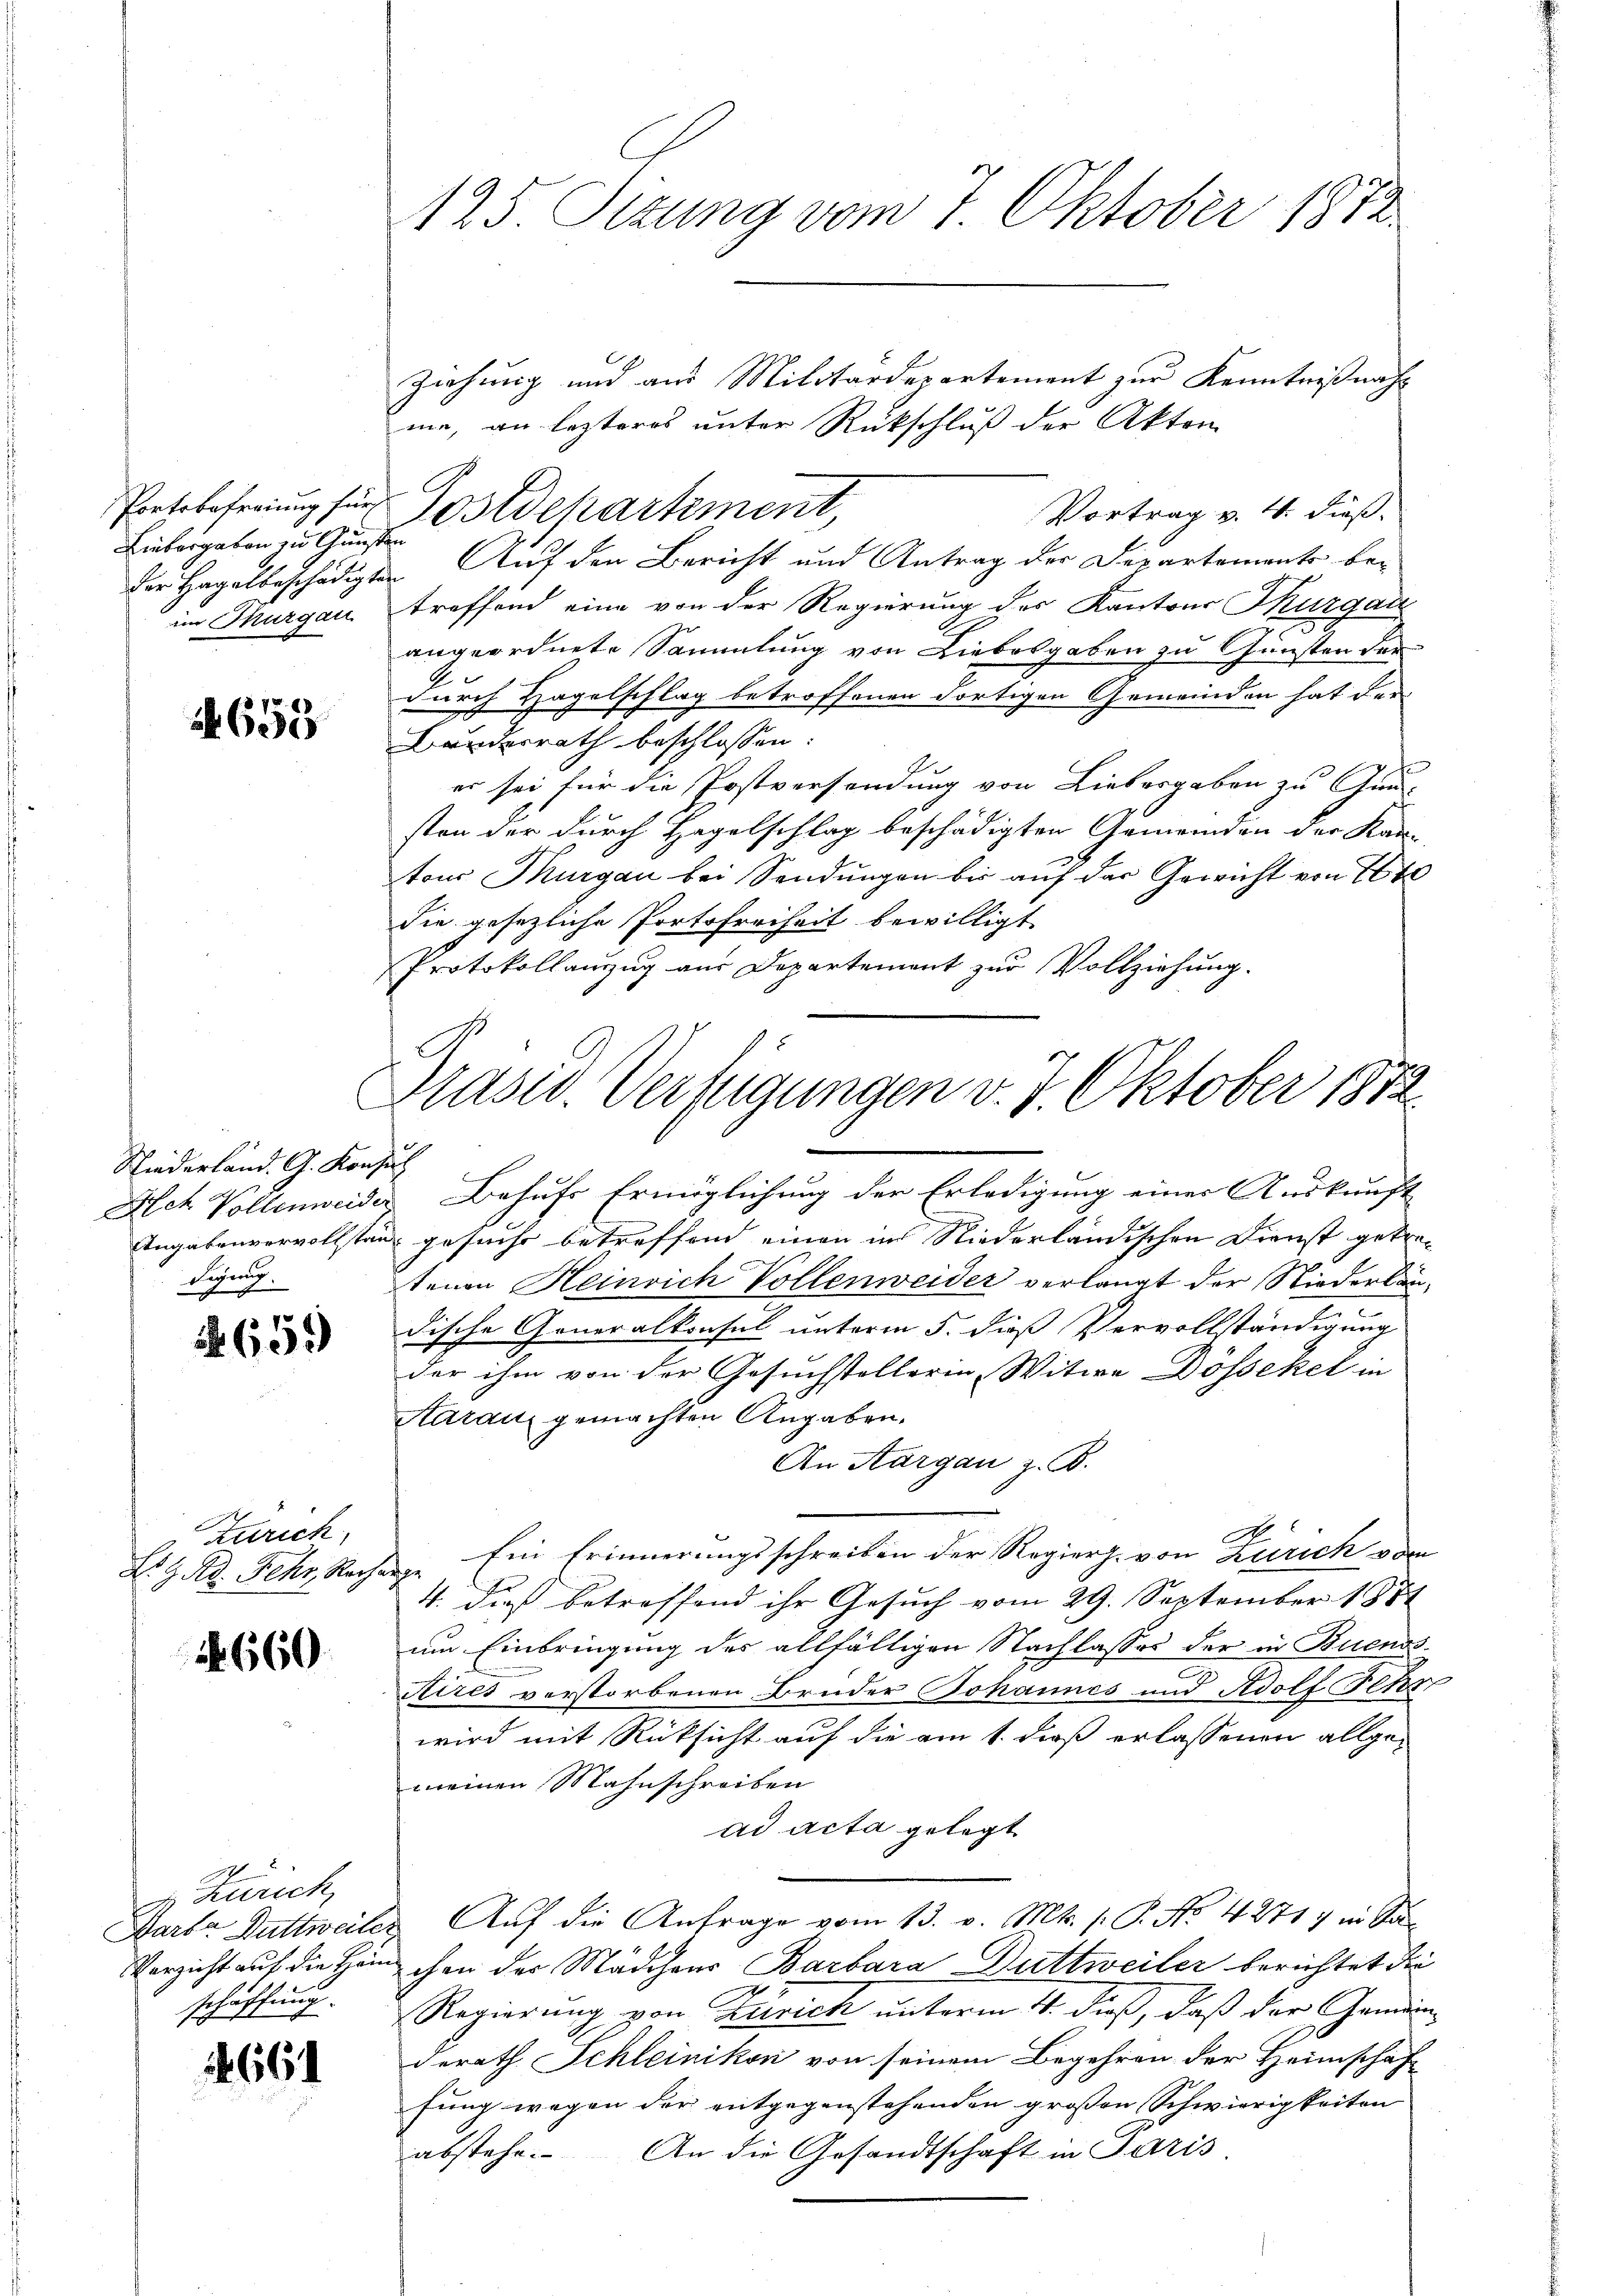
Liebergaben zu Gunsten
im Thurgau

1655

Niederland. G. Konsul
digung.

659)

Zürich,

660

Zürich,
schaffung.

664

125. Sizung vom 7. Oktober 1872.

Ziehung und aus Militärdepartement zur Kenntnißnahme, an lezteres unter Rückschluß der Akten
Portobefreiung für Postdchartement,
Vortrag v. 4. dieß.
der Hagelbeschädigten Auf den Bericht und Antrag der Departements betreffend eine von der Regierung des Kantons Thurgau
angeordnete Sammlung von Liebesgaben zu Gunsten der
durch Hagelschlag betroffenen Fortigen Gemeinden hat der
Bundesrath beschlossen:
er sei für die Postversendung von Liebergaben zu Gun-
sten der durch Hegelschlag beschädigten Gemeinden der Kan-
tous Thurgau bei Sendungen bis auf der Gewicht von 16t
die gesezliche Portofreiheit bewilligt.
Protokollanzug aus Departement zur Vollziehung.
Ach Vollenweider Behufs Ermöglichung der Erledigung einer Auskunft
Angabenvervollstand gesucht betreffend einen im Niederländischen Dienst getretenen Heinrich Vollenweider verlangt der Niederländische Generalkonsul unterm 5. dieß Vervollständigung
der ihm von der Gesuchstellerin, Witwe Dössekel in
Aarau gemachten Angaben.
An Aargau z. B.
No. 9. d. Fehr, Rechan. Ein Erinnerungsschreiben der Regierh. von Zürich vom
4. dieß betreffend ihr Gesuch vom 29. September 1881
um Einbringung des allfälligen Nachlasses der in Buenos-
2
Aires verstorbenen Bruder Johannes und Adolf Schr
wird mit Rücksicht auf die am 1. dieß erlassenen allge-
meinen Mahnschreiben
ad acta gelegt
Barte Duttweiler Auf die Anfrage vom 13. v. Mts. (: P. No. 4271) in Sa
Verzicht auf die Heischen des Mädchens Barbara Duttweiler berichtet die
Regierung von Zürich unterm 4. dieß, daß der Gemeinderath Schleinikon von seinem Begehren der Heimschaft
fung wegen der entgegenstehenden großen Schwierigkeiten
abstehe. An die Gesandtschaft in Paris

Präsid. Verfügungen v. 7. Oktober 1872